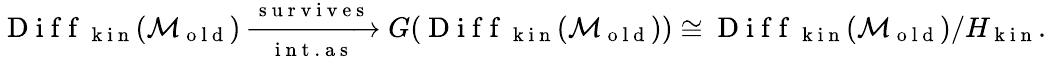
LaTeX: \begin{array}{r}{\mathrm{~D~i~f~f~}_{\mathrm{~k~i~n~}}(\mathcal{M}_{\mathrm{~o~l~d~}})\xrightarrow[\mathrm{~i~n~t~.~a~s~}]{\mathrm{~s~u~r~v~i~v~e~s~}}G(\mathrm{~D~i~f~f~}_{\mathrm{~k~i~n~}}(\mathcal{M}_{\mathrm{~o~l~d~}}))\cong\mathrm{~D~i~f~f~}_{\mathrm{~k~i~n~}}(\mathcal{M}_{\mathrm{~o~l~d~}})/H_{\mathrm{~k~i~n~}}.}\end{array}